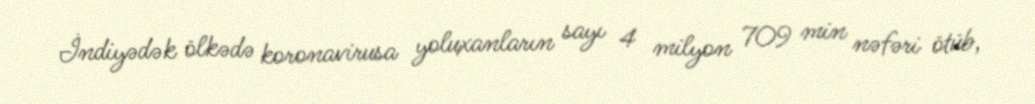
İndiyədək ölkədə koronavirusa yoluxanların sayı 4 milyon 709 min nəfəri ötüb,